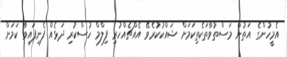
އެމީހުންގެ އަތުން މަސްތުވާތަކެތިކަމަށް ޝައްކުކުރެވޭ އެއްޗެއްހުރި ފިލްމް ހުސްކުރި ދަޅެއް ފެނިފައިވާ ކަމަށް